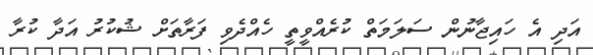
އަދި އެ ހައިޖާނުން ސަލަމަތް ކުރެއްވީތީ ހެއްދެވި ފަރާތަށް ޝުކުރު އަދާ ކުރާ